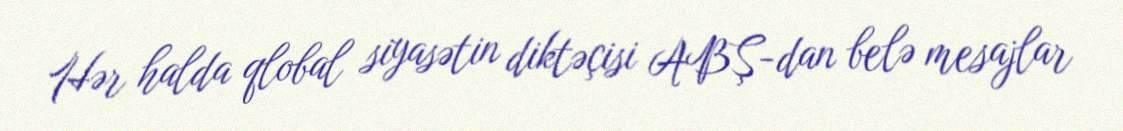
Hər halda qlobal siyasətin diktəçisi ABŞ-dan belə mesajlar